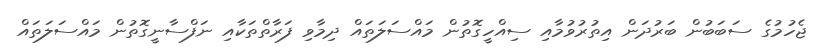
ޖެހުމުގެ ސަބަބުން ބަރުދަން އިތުރުވުމާއި ސިއްހީގޮތުން މައްސަލަތައް ދިމާވި ފަރާތްތަކާއި ނަފްސާނީގޮތުން މައްސަލަތައް